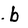
Character: b